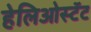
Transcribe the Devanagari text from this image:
हेलिओस्टॅट